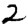
Digit: 2